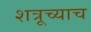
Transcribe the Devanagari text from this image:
शत्रूच्याच